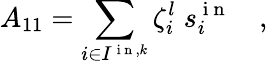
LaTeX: A_{11}=\sum_{i\in I^{\mathrm{~i~n~},k}}\zeta_{i}^{l}\; s_{i}^{\mathrm{~i~n~}}\quad,